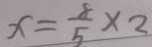
x = \frac { 8 } { 5 } \times 2